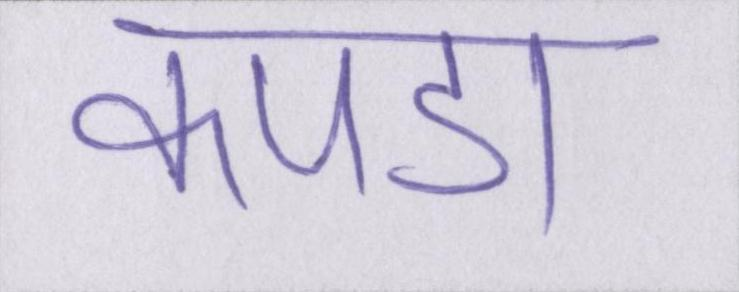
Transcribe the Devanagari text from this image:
कपडा